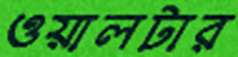
ওয়ালটার